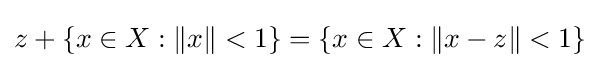
z+\{x\in X:\|x\|<1\}=\{x\in X:\|x-z\|<1\}